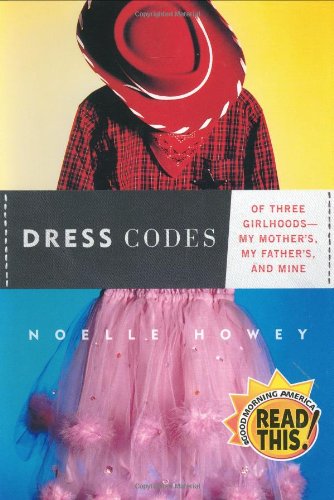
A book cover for Dress Codes: Of Three Girlhoods--My Mother's, My Father's, and Mine; Noelle Howey; Gay & Lesbian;